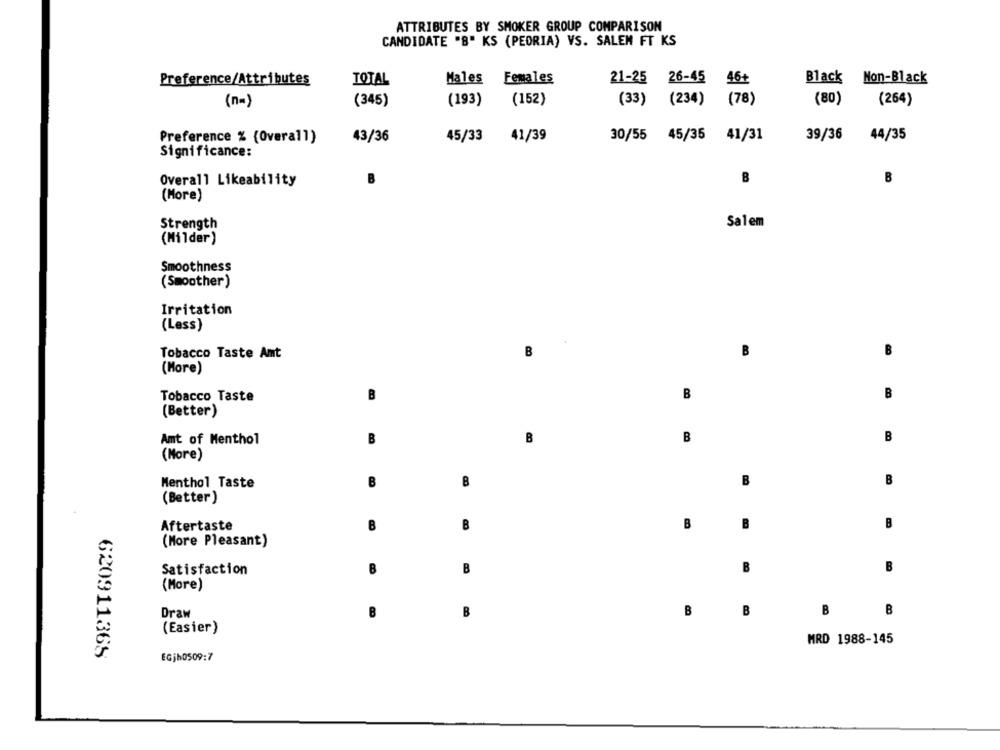
ATTRIBUTES BY SMOKER GROUP COMPARISON
CANDIDATE "B" KS (PEORIA) VS. SALEM FT KS
Preference/Attributes
TOTAL
Males Females
21-25 26-45
46+
Black Non-Black
(n=)
(345)
(193)
(152)
(33) (234) (78)
(80)
(264)
Preference % (Overall)
43/36
45/33
41/39
30/55 45/35 41/31
39/36
44/35
Significance:
B
B
Overall Likeability
(More)
Strength
Salem
(Milder)
Smoothness
(Smoother )
Irritation
(Less)
Tobacco Taste Amt
B
(More)
Tobacco Taste
B
B
(Better)
Amt of Menthol
B
B
B
(More)
B
Menthol Taste
B
B
(Better)
Aftertaste
B
B
B
B
B
(More Pleasant)
Satisfaction
B
B
B
B
(More)
Draw
B
B
B
B
B
B
(Easier)
MRD 1988-145
620911365
EGjh0509:7